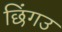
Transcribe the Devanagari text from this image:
छिंगउ